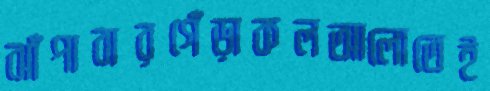
ঝাঁপাবারগেঁড়াকলআলোতেই